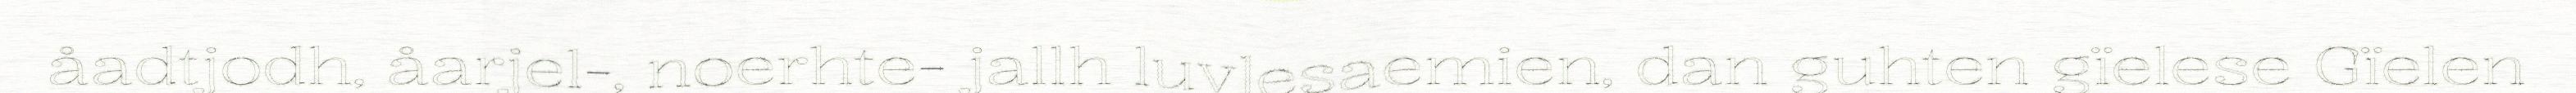
åadtjodh, åarjel-, noerhte- jallh luvlesaemien, dan guhten gïelese Gïelen